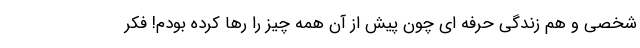
شخصی و هم زندگی حرفه ای چون پیش از آن همه چیز را رها کرده بودم! فکر